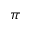
\pi